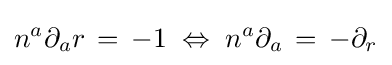
n^{a}\partial _{a}r\,=\,-1\;\Leftrightarrow \;n^{a}\partial _{a}\,=\,-\partial _{r}